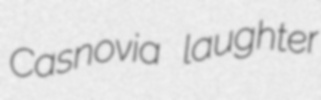
Casnovia laughter